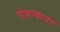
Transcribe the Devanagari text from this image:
पंजाबावर